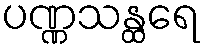
ပဏ္ဏသန္ထရေ